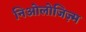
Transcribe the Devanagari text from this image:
निओलोजिज़्म